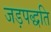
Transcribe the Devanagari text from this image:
जड़पद्धति